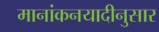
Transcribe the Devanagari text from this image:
मानांकनयादीनुसार